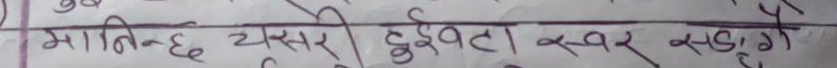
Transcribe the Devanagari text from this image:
मानिन्छ यसरी हुइत्ता स्वर सदगगै